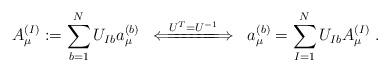
LaTeX: \begin{align*}A_\mu^{(I)} := \sum_{b=1}^N U_{I b} a_\mu^{(b)} \; \;\stackrel{U^T = U^{-1}}{\Longleftarrow \!\!=\!\!=\!\!=\!\!=\!\!=\!\!\! \Longrightarrow} \; \;a_\mu^{(b)} = \sum_{I=1}^N U_{I b} A_\mu^{(I)} \; .\end{align*}